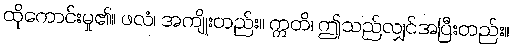
ထိုကောင်းမှု၏။ ဖလံ၊ အကျိုးတည်း။ ဣတိ၊ ဤသည်လျှင်အပြီးတည်း။